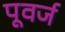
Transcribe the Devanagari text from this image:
पूवर्ज